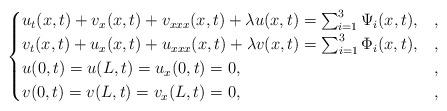
LaTeX: \begin{align*}\begin{cases}u_{t}(x,t)+v_{x}(x,t)+v_{xxx}(x,t)+\lambda u(x,t) =\sum_{i=1}^3\Psi_i(x,t), & , \\v_{t}(x,t)+u_{x}(x,t)+u_{xxx}(x,t)+\lambda v(x,t) =\sum_{i=1}^3\Phi_i(x,t), & , \\u(0,t)=u(L,t)=u_{x}(0,t)=0, & ,\\v(0,t)=v(L,t)=v_{x}(L,t)=0, & ,\end{cases}\end{align*}